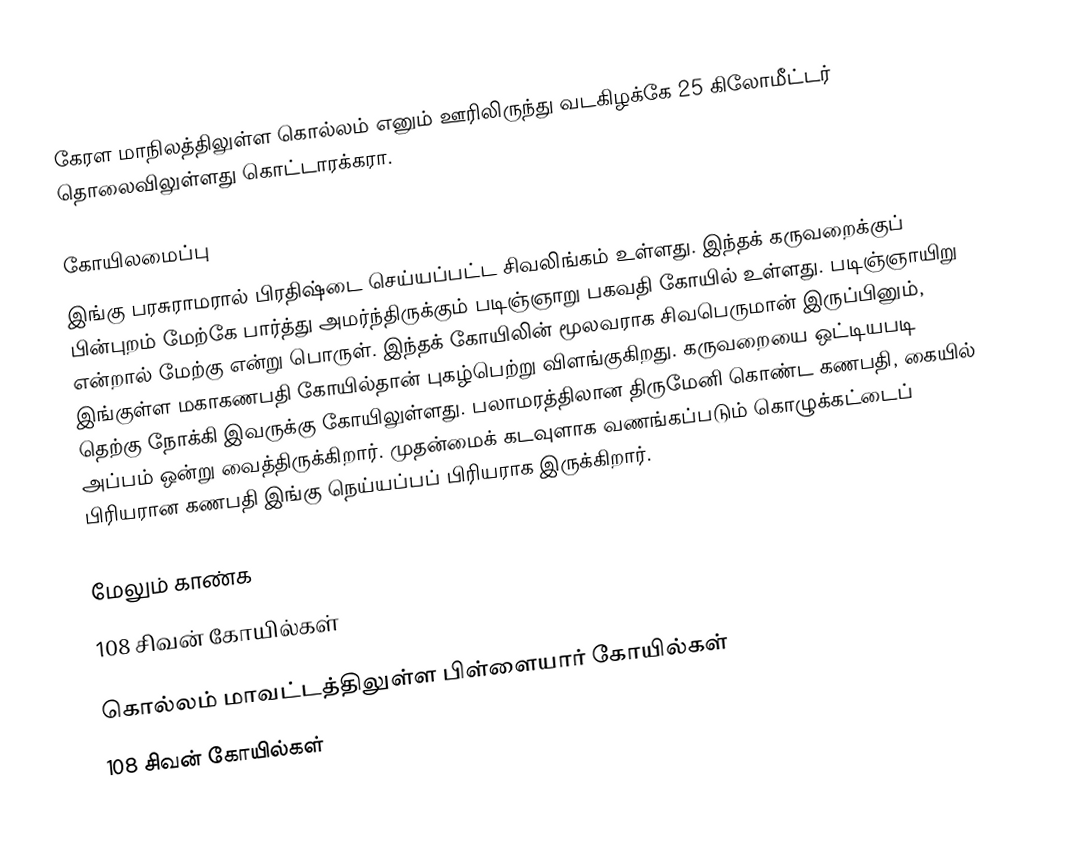
கேரள மாநிலத்திலுள்ள கொல்லம் எனும் ஊரிலிருந்து வடகிழக்கே 25 கிலோமீட்டர் தொலைவிலுள்ளது கொட்டாரக்கரா.

கோயிலமைப்பு
இங்கு பரசுராமரால் பிரதிஷ்டை செய்யப்பட்ட சிவலிங்கம் உள்ளது. இந்தக் கருவறைக்குப் பின்புறம் மேற்கே பார்த்து அமர்ந்திருக்கும் படிஞ்ஞாறு பகவதி கோயில் உள்ளது. படிஞ்ஞாயிறு என்றால் மேற்கு என்று பொருள். இந்தக் கோயிலின் மூலவராக சிவபெருமான் இருப்பினும், இங்குள்ள மகாகணபதி கோயில்தான் புகழ்பெற்று விளங்குகிறது. கருவறையை ஒட்டியபடி தெற்கு நோக்கி இவருக்கு கோயிலுள்ளது. பலாமரத்திலான திருமேனி கொண்ட கணபதி, கையில் அப்பம் ஒன்று வைத்திருக்கிறார். முதன்மைக் கடவுளாக வணங்கப்படும் கொழுக்கட்டைப் பிரியரான கணபதி இங்கு நெய்யப்பப் பிரியராக இருக்கிறார்.

மேலும் காண்க
 108 சிவன் கோயில்கள்

கொல்லம் மாவட்டத்திலுள்ள பிள்ளையார் கோயில்கள்
108 சிவன் கோயில்கள்